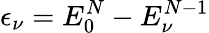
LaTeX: \epsilon_{\nu}=E_{0}^{N}-E_{\nu}^{N-1}